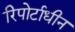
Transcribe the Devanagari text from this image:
रिपोर्टाधीन